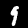
Digit: 9